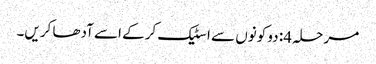
مرحلہ 4: دو کونوں سے اسٹیک کرکے اسے آدھا کریں۔